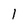
Character: I